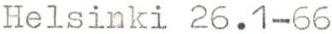
Helsinki 26.1-66